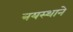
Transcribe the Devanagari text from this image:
त्रयस्थाने